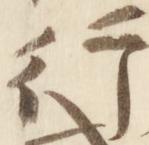
行